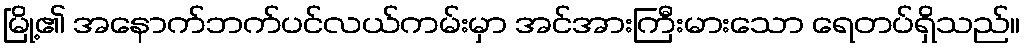
မြို့၏ အနောက်ဘက်ပင်လယ်ကမ်းမှာ အင်အားကြီးမားသော ရေတပ်ရှိသည်။